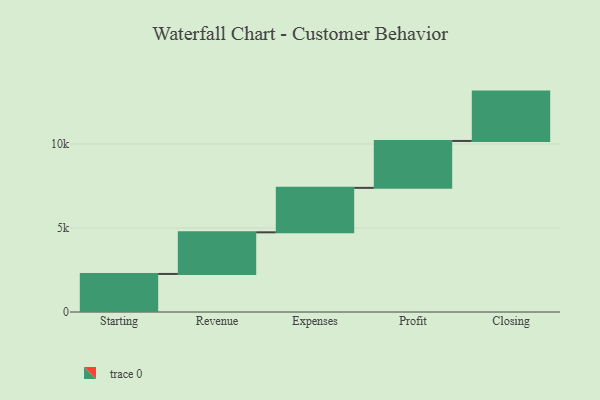
{"axis": {"x": "Step", "y": "Value"}, "legend": [""], "data": [{"x": "Starting", "y": 2265.0, "type": ""}, {"x": "Revenue", "y": 2479.0, "type": ""}, {"x": "Expenses", "y": 2646.0, "type": ""}, {"x": "Profit", "y": 2792.0, "type": ""}, {"x": "Closing", "y": 2938.0, "type": ""}]}